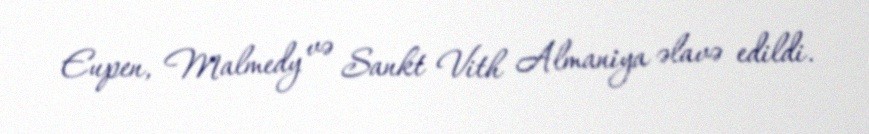
Eupen, Malmedy və Sankt Vith Almaniya əlavə edildi.